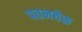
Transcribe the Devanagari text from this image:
पतनचेरू